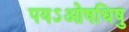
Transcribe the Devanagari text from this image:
पयऽओषधिषु